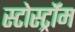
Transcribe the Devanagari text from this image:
स्टोर्स्ट्रॉम